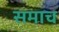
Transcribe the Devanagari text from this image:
समाच